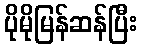
ပိုမိုမြန်ဆန်ပြီး